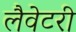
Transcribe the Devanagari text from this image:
लैवेटरी